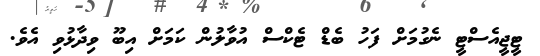
ޓީޖީއެސްޓީ ނެގުމަށް ފަހު ބެޑް ޓެކްސް އުވާލުން ކަމަށް އިބޫ ވިދާޅުވި އެވެ.